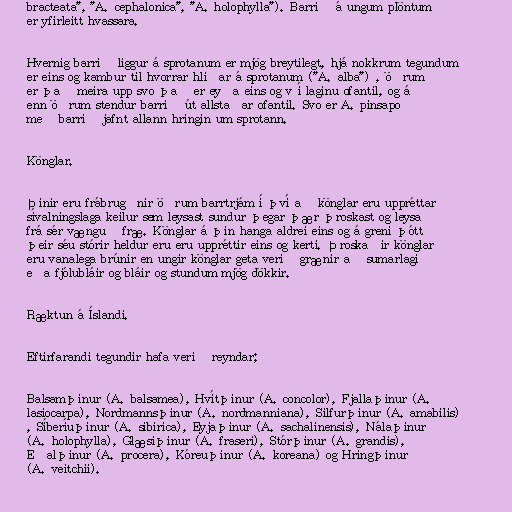
bracteata", "A. cephalonica", "A. holophylla"). Barrið á ungum plöntum
er yfirleitt hvassara.

Hvernig barrið liggur á sprotanum er mjög breytilegt, hjá nokkrum tegundum
er eins og kambur til hvorrar hliðar á sprotanum ("A. alba") , öðrum
er það meira upp svo það er eyða eins og v í laginu ofantil, og á
enn öðrum stendur barrið út allstaðar ofantil. Svo er A. pinsapo
með barrið jafnt allann hringin um sprotann.

Könglar.

Þinir eru frábrugðnir öðrum barrtrjám í því að könglar eru uppréttar
sívalningslaga keilur sem leysast sundur þegar þær þroskast og leysa
frá sér vænguð fræ. Könglar á þin hanga aldrei eins og á greni þótt
þeir séu stórir heldur eru eru uppréttir eins og kerti. Þroskaðir könglar
eru vanalega brúnir en ungir könglar geta verið grænir að sumarlagi
eða fjólubláir og bláir og stundum mjög dökkir.

Ræktun á Íslandi.

Eftirfarandi tegundir hafa verið reyndar;

Balsamþinur (A. balsamea), Hvítþinur (A. concolor), Fjallaþinur (A.
lasiocarpa), Nordmannsþinur (A. nordmanniana), Silfurþinur (A. amabilis)
, Síberíuþinur (A. sibirica), Eyjaþinur (A. sachalinensis), Nálaþinur
(A. holophylla), Glæsiþinur (A. fraseri), Stórþinur (A. grandis),
Eðalþinur (A. procera), Kóreuþinur (A. koreana) og Hringþinur
(A. veitchii).